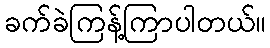
ခက်ခဲကြန့်ကြာပါတယ်။